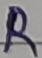
Text: R